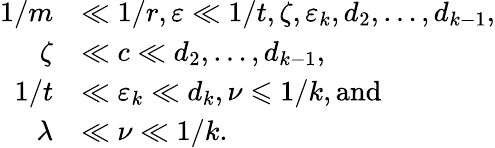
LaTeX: \begin{array}{rl}{1/m}&{\ll 1/r,\varepsilon\ll 1/t,\zeta,\varepsilon_{k},d_{2},\dots,d_{k-1},}\\ {\zeta}&{\ll c\ll d_{2},\dots,d_{k-1},}\\ {1/t}&{\ll\varepsilon_{k}\ll d_{k},\nu\leqslant 1/k,\mathrm{and}}\\ {\lambda}&{\ll\nu\ll 1/k.}\end{array}